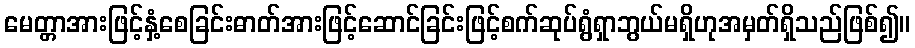
မေတ္တာအားဖြင့်နှံ့စေခြင်းဓာတ်အားဖြင့်ဆောင်ခြင်းဖြင့်စက်ဆုပ်ရွံရှာဘွယ်မရှိဟုအမှတ်ရှိသည်ဖြစ်၍။